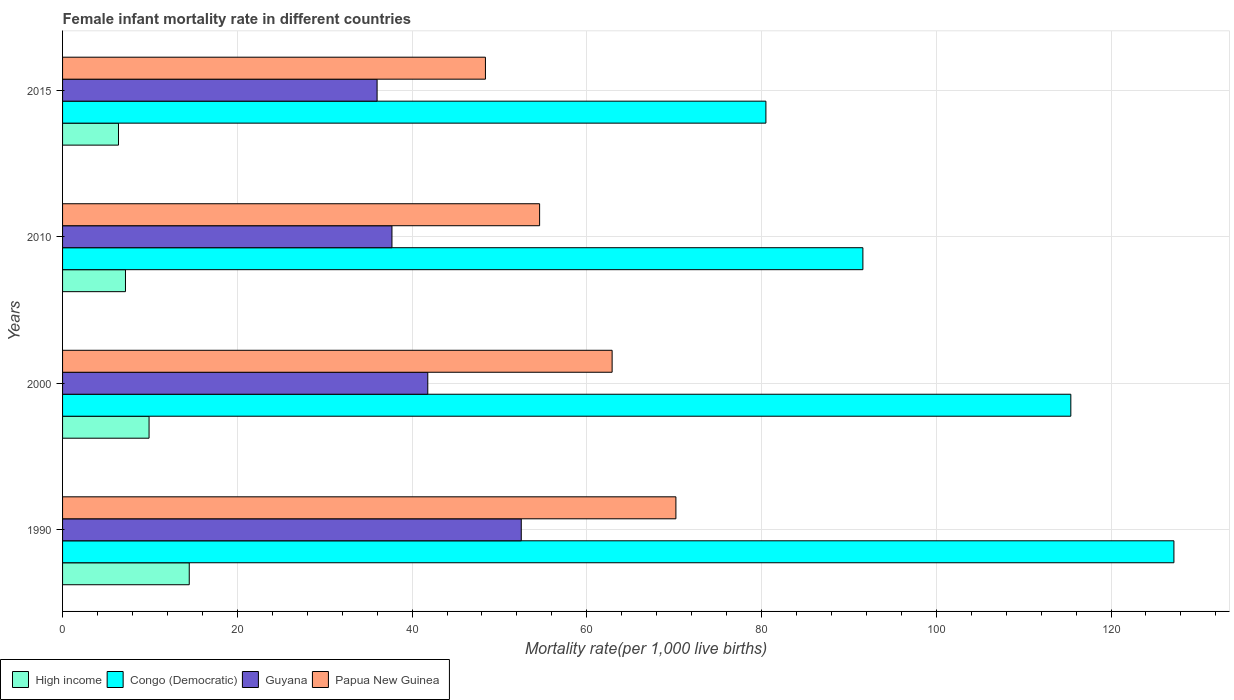
| Years | High income | Congo (Democratic) | Guyana | Papua New Guinea |
 | --- | --- | --- | --- | --- |
 | 1990 | 14.5 | 127 | 52.5 | 70.2 |
 | 2000 | 9.9 | 115 | 41.8 | 62.9 |
 | 2010 | 7.2 | 91.6 | 37.7 | 54.6 |
 | 2015 | 6.4 | 80.5 | 36 | 48.4 |